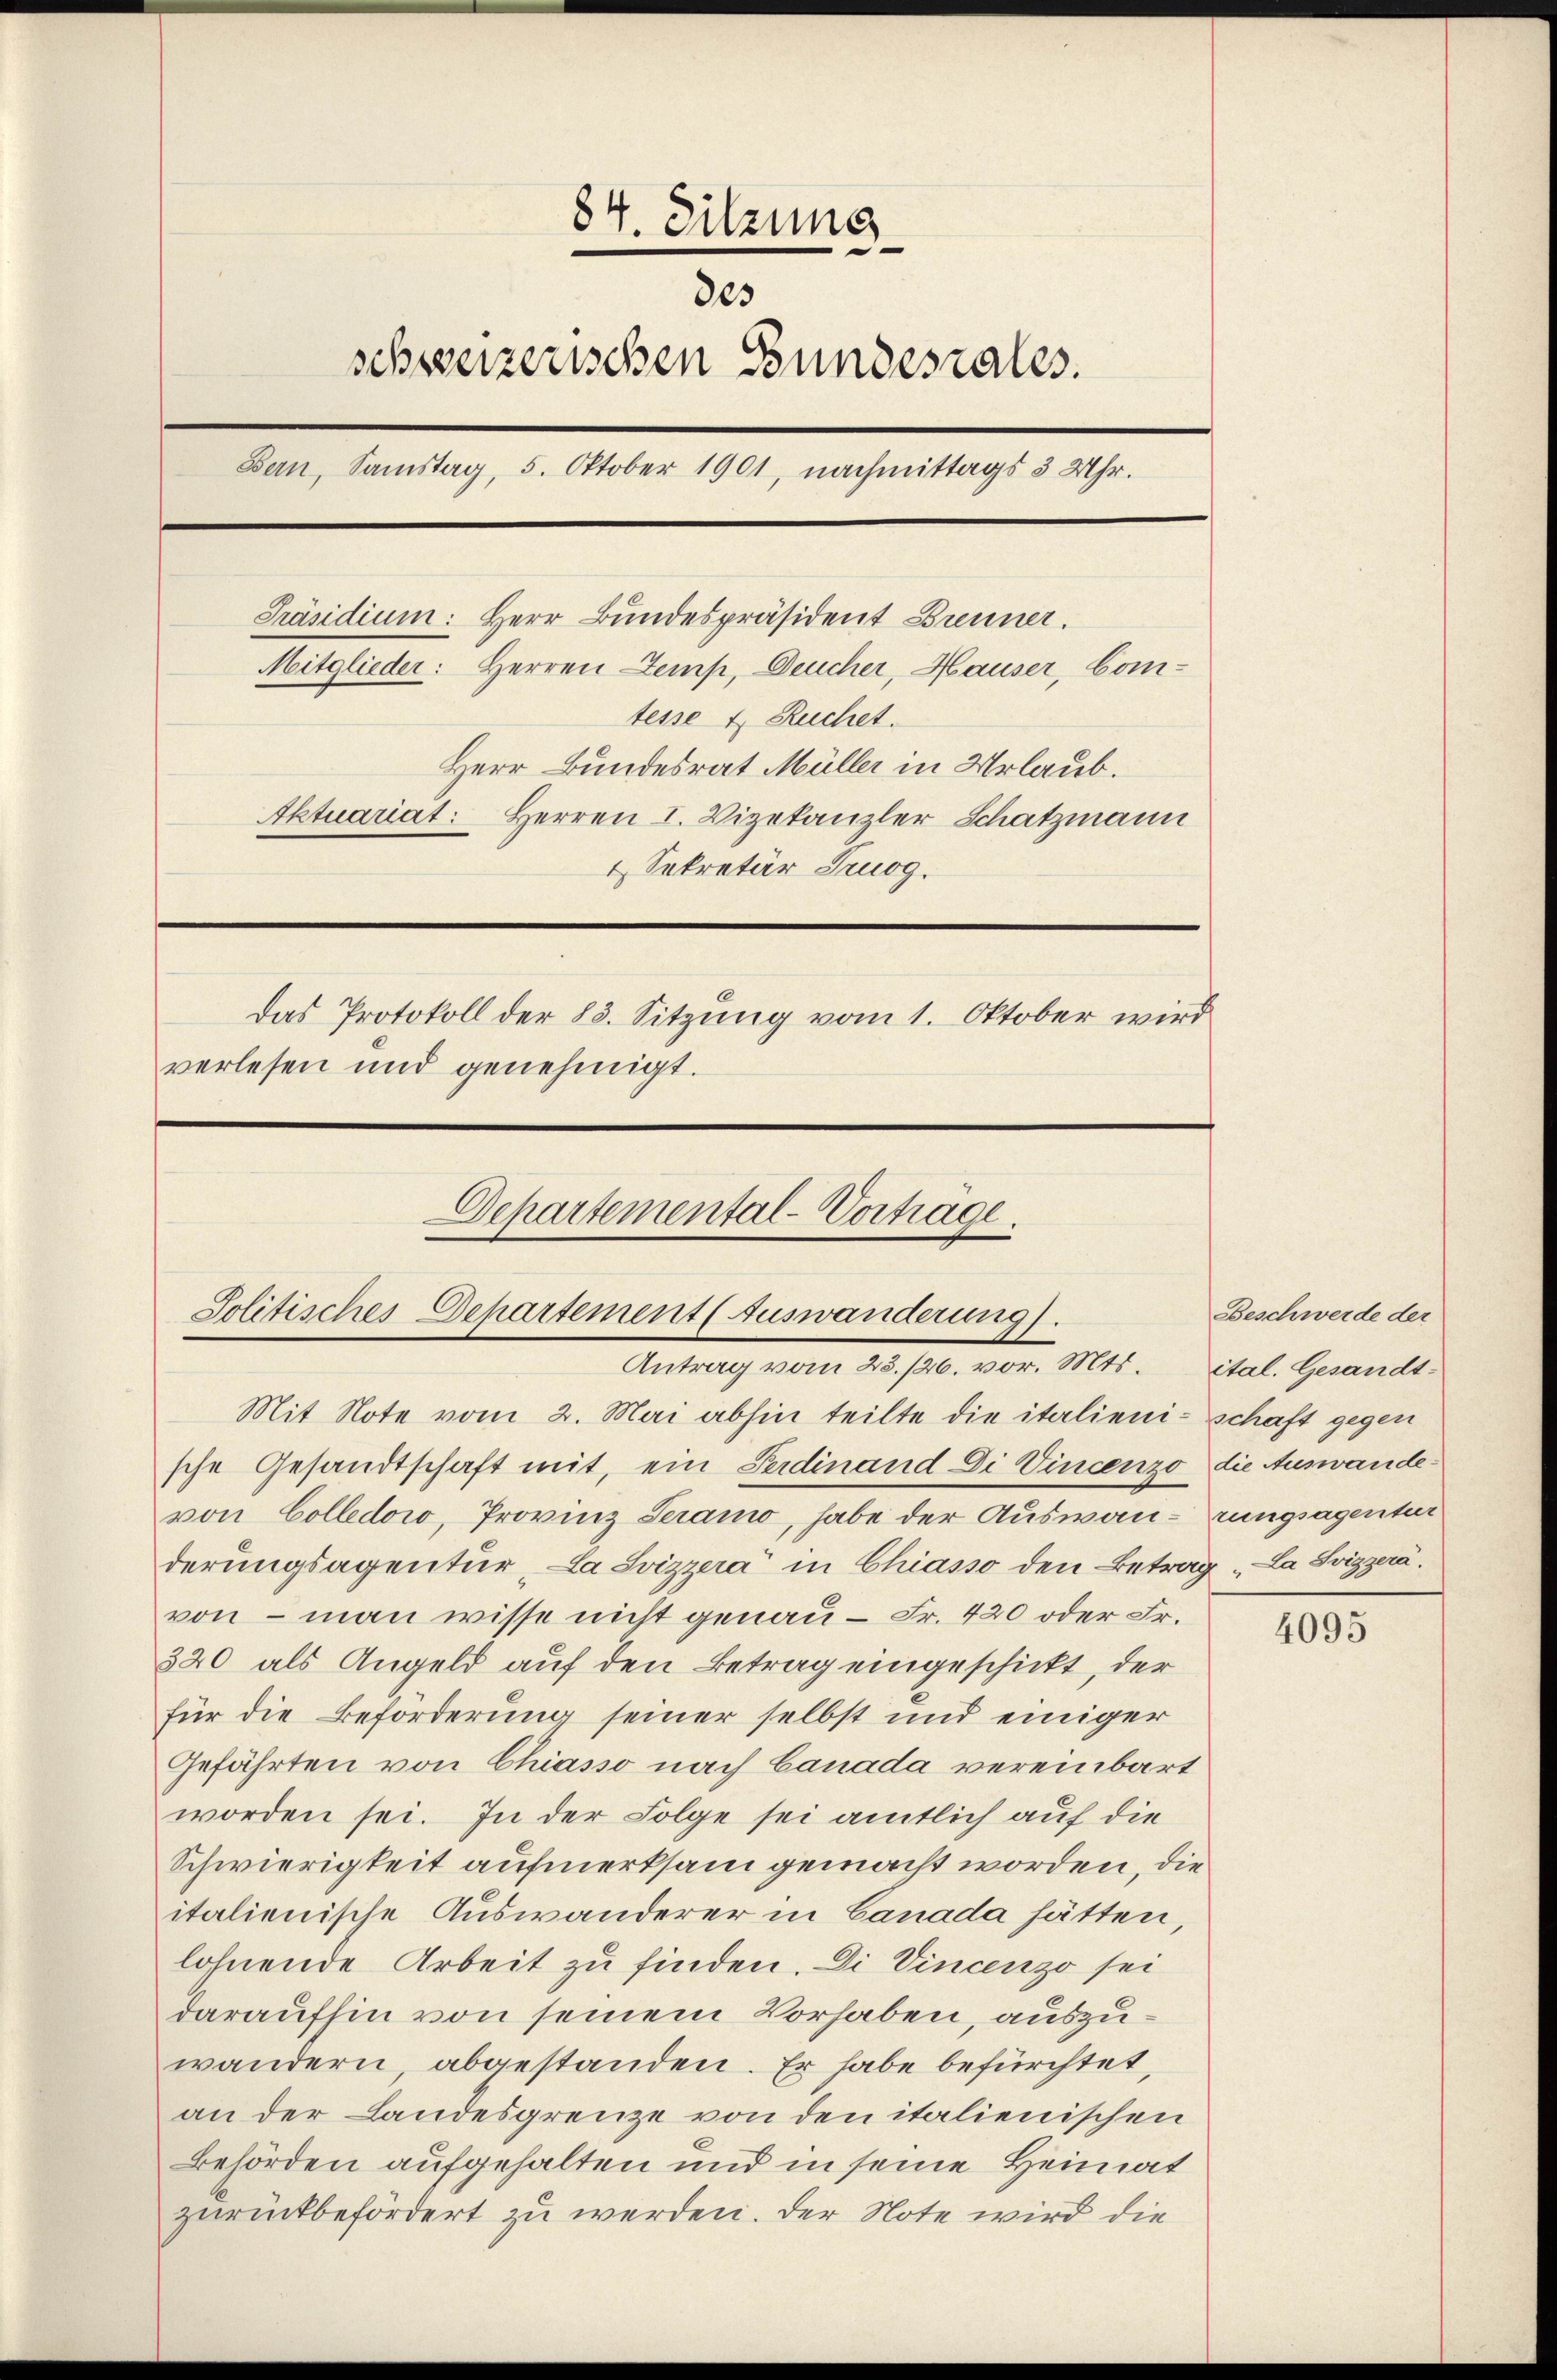
84. Sitzung
des
schweizerischen Bundesrates.
Bern, Samstag, 5. Oktober 1901, nachmittags 3 Uhr.
Präsidium: Herr Bundespräsident Brenner.
Mitglieder: Herren Stemp, Deucher, Hauser, Comtesse u. Ruchet.
Herr Bundesrat Müller in Urlaub.
Aktuariat: Herren I. Vizekanzler Schatzmann
4 Sekretär Truog.
Das Protokoll der 83. Sitzung vom 1. Oktober wird
verlesen und genehmigt.
Departemental-Vortrage.

Solitisches Departement (Auswanderung).
Antrag vom 23./26. vor. Mts. ital. Gesandt-

Mit Note vom 2. Mai abhin teilte die italieni- schaft gegen
sche Gesandtschaft mit, ein Ferdinand Di Vincenzo die Auswandevon Colledowo, Provinz Seramo, habe der Auswan-rungsagentur
derungsagentur, La Svizzera in Chiasso den Betrag „La Svizzera.
von – man wisse nicht genau - Fr. 420 oder Fr.
320 als Angeld auf den Betrag eingeschickt, der
für die Beförderung seiner selbst und einiger
Gefährten von Chiasso nach Canada vereinbart
worden sei. In der Folge sei amtlich auf die
Schwierigkeit aufmerksam gemacht worden, die
italienische Auswanderer in Canada hätten,
lohnende Arbeit zu finden. Die Vincenzo sei
daraufhin von seinem Vorhaben, auszuwandern, abgestanden. Er habe befürchtet,
an der Landesgrenze von den italienischen
Behörden aufgehalten und in seine Heimat
zurückbefördert zu werden. Der Note wird die

Beschwerde der

4095